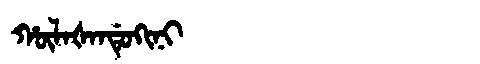
Manchu: ᡥᡡᠯᠠᡧᠠᠨᡩᡠᡴᡳᠨᡳ
Romanization: HŪLAŠANDUKINI